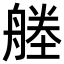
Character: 𦩱